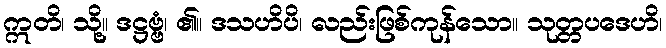
ဣတိ၊ သို့။ ဒဋ္ဌဗ္ဗံ၊ ၏။ ဒသဟိပိ၊ လည်းဖြစ်ကုန်သော။ သုတ္တပဒေဟိ၊